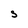
Character: S